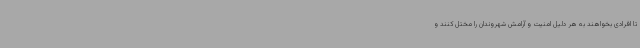
تا افرادی بخواهند به هر دلیل امنیت و آرامش شهروندان را مختل کنند و